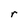
Character: r